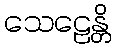
သေဠေန္တိ